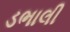
ડભાલી